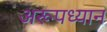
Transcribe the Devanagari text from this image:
अरूपध्यान